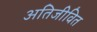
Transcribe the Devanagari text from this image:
अतिजीवित